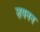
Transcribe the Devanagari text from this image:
शयनन